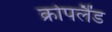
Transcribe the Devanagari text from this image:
क्रोपलैंड